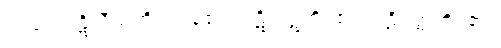
သည်။ ပဋိလီယတိ။ တွန့်၏။ ပဋိကုဋတိ၊ ၏။ ပဋိဝတ္တတိ၊ ၏။